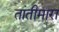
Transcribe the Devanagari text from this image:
तांतीमारा